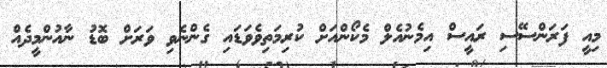
މިއީ ފަރަންސޭސި ރައީސް އިމެނުއެލް މެކޯންއަށް ކުރިމަތިވެވަޑައި ގެންނެވި ވަރަށް ބޮޑު ނާއުންމީދެއް